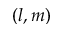
( l , m )